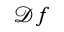
\mathcal { D } f